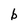
Character: b